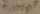
Text: 1000µF